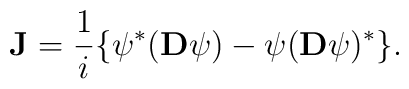
{\bf J}=\frac{1}{i}\{\psi^*({\bf D}\psi)-\psi({\bf D}\psi)^*\}.